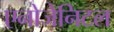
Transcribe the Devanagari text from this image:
एनोजेनिटल